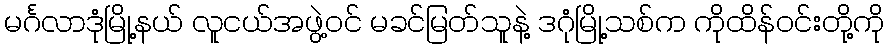
မင်္ဂလာဒုံမြို့နယ် လူငယ်အဖွဲ့ဝင် မခင်မြတ်သူနဲ့ ဒဂုံမြို့သစ်က ကိုထိန်ဝင်းတို့ကို